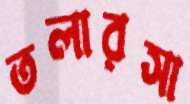
তলারসা